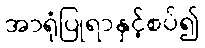
အာရုံပြုရာနှင့်စပ်၍